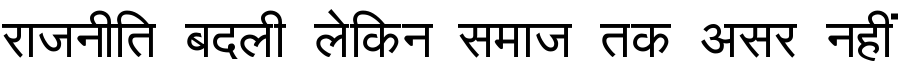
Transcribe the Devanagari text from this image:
राजनीति बदली लेकिन समाज तक असर नहीं